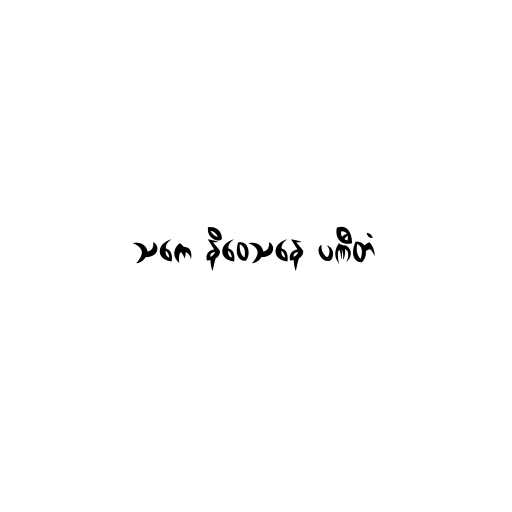
သကေ နိဝေသနေ ပဏီတံ